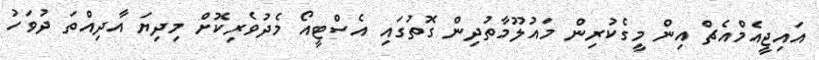
އައިޖީއެމްއެޗް އިން މީގެކުރިން މައުލޫމާތުދިން ގޮތުގައި އެސްޓީއޯ މެދުވެރިކޮށް މިދިޔަ އާދިއްތަ ދުވަހު